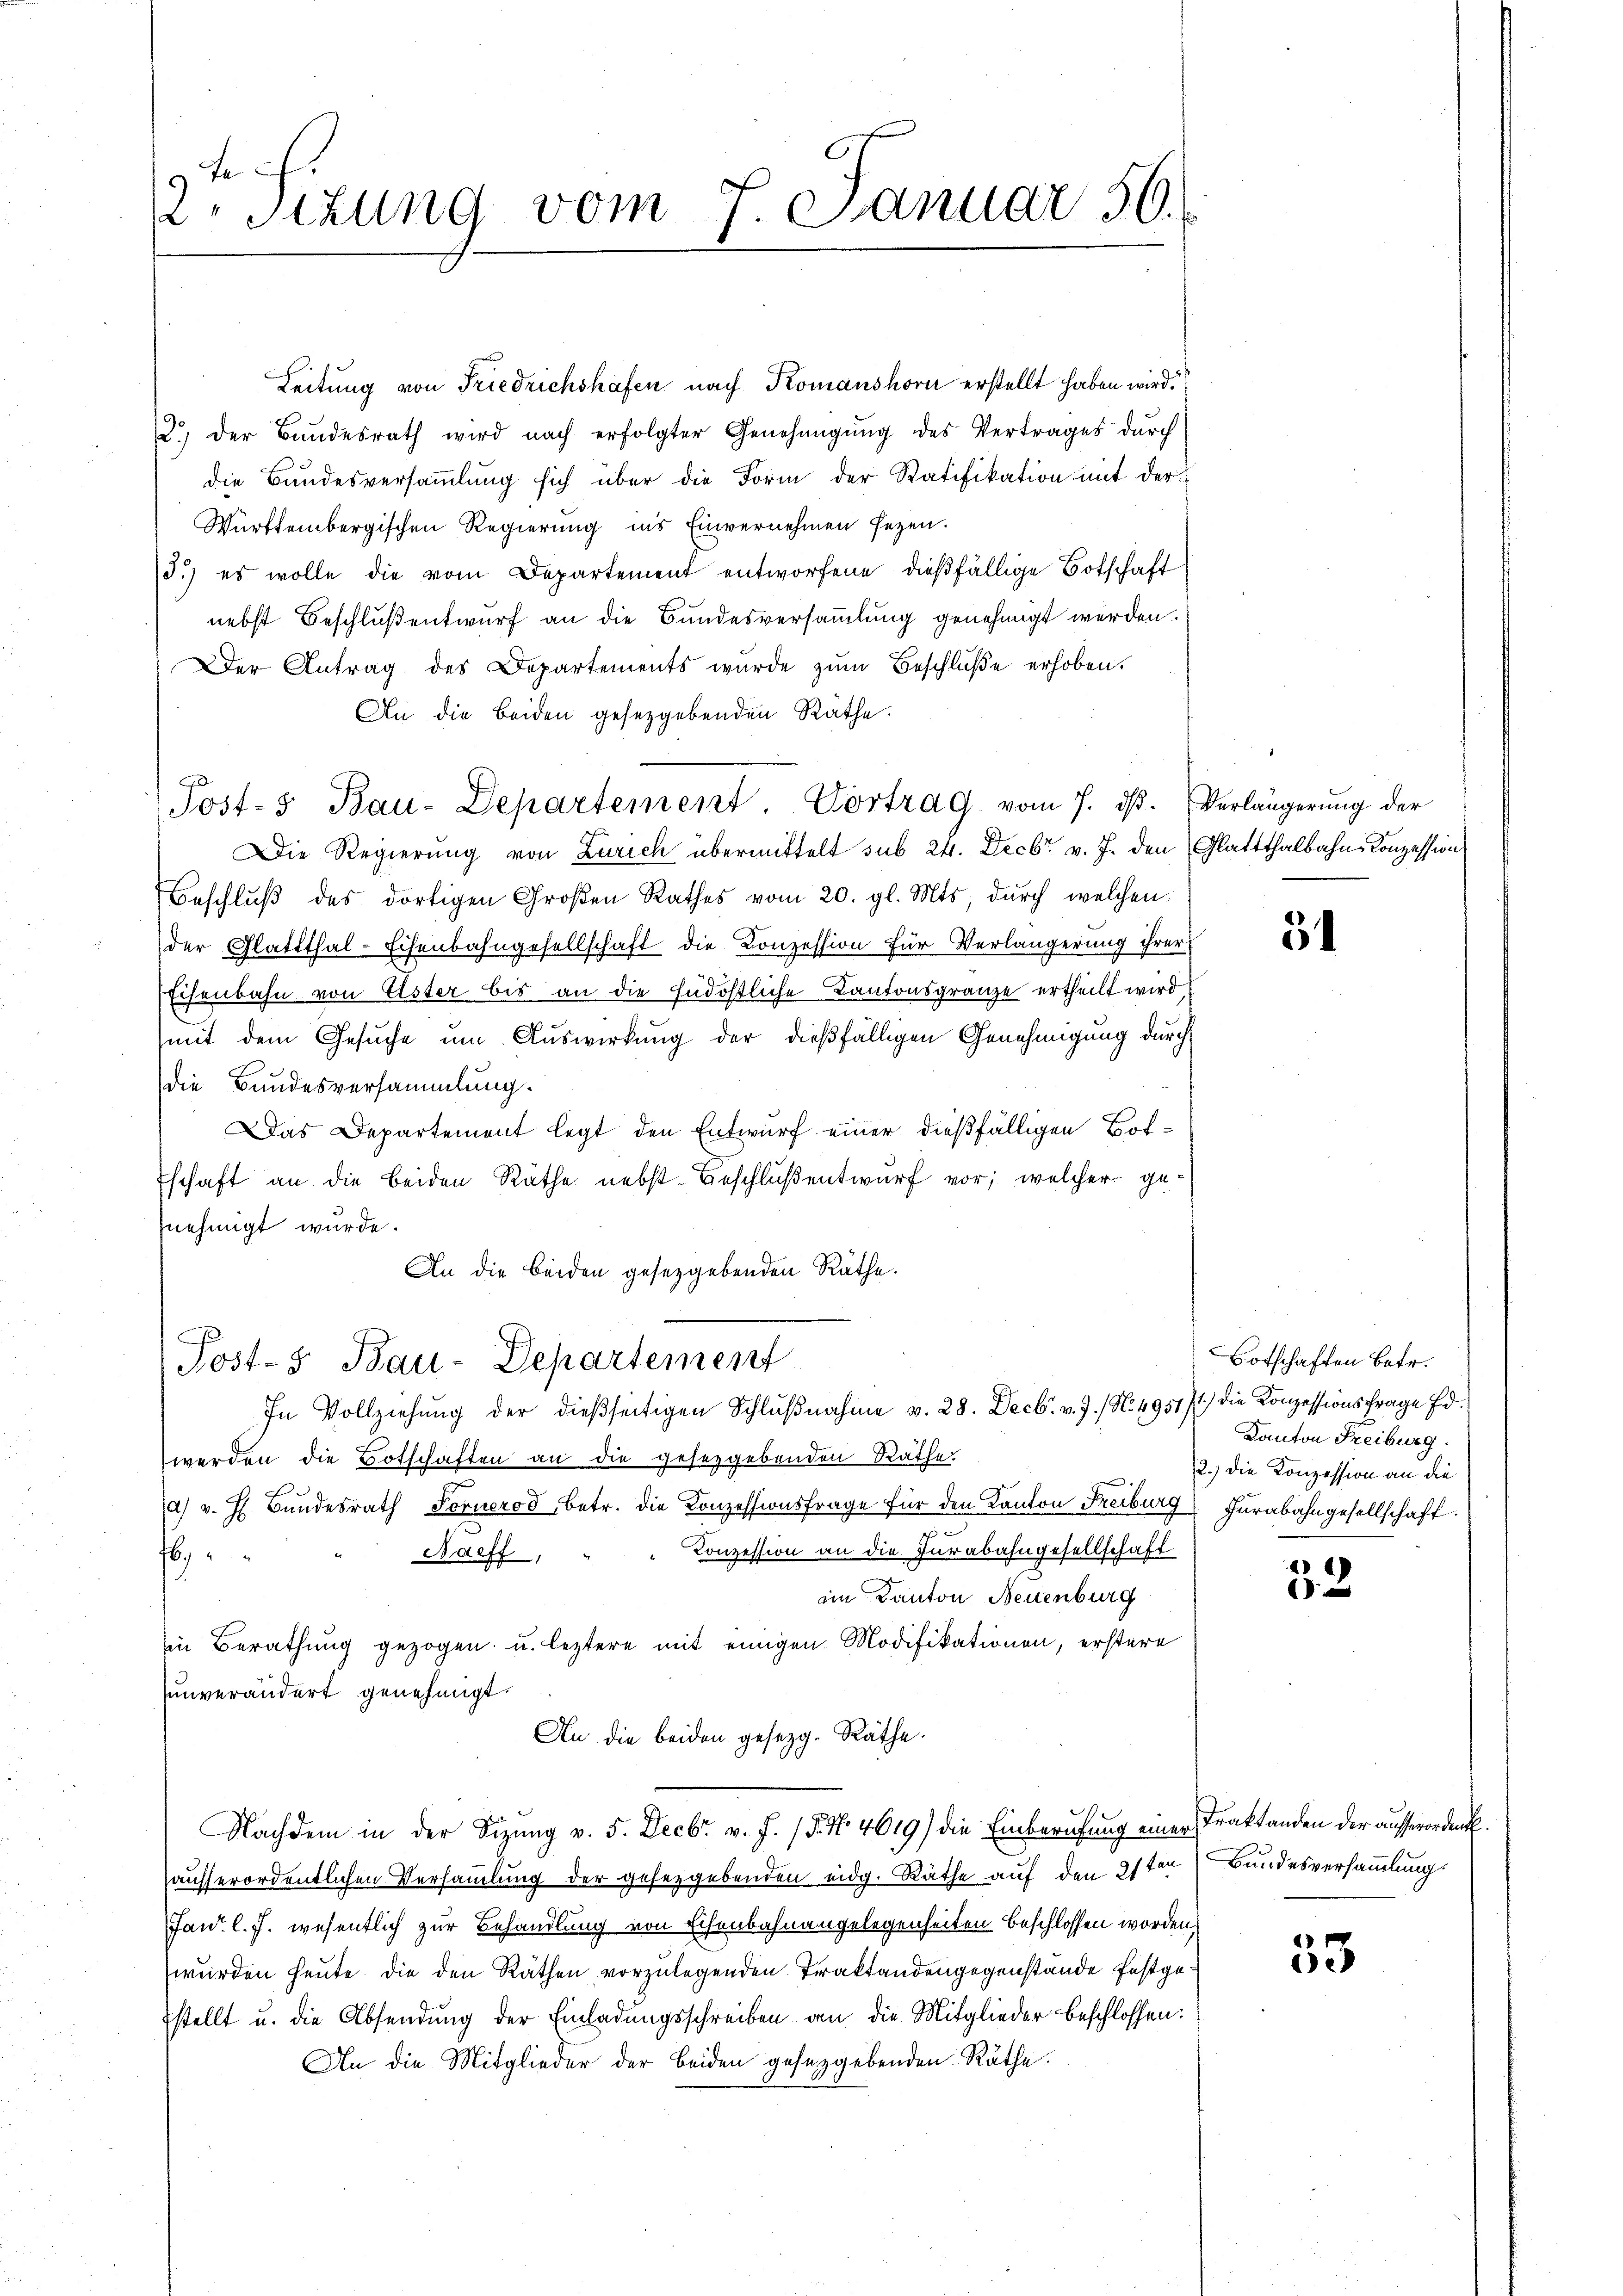
9te
Stzung vom 7. Januar 50.

Leitung von Friedrichshafen nach Komanshorn erstellt haben wird.
2.) der Bundesrath wird nach erfolgter Genehmigŭng des Vertrages dŭrch
die Bundesversammlung sich über die Form der Ratifikation mit der
Württembergischen Regierung ins Einvernehmen seyen.
3.) es wolle die vom Departement entworfene dießfällige Botschaft
nebst Beschluß entwurf an die Bundesversammlung genehmigt werden.
Der Antrag des Departements wurde zŭm Beschluße erhoben.
An die Beiden gesetzgebenden Räthe.
Post- Bau-Departement. Vortrag vom 7. dβ. Verlängerung der
Die Regierung von Zürich übermittelt sub 24. Decbr. v. J. den (Glattthalbahn Konzession
Beschlŭβ des dortigen Großen Rathes vom 20. gl. Mts. durch welchen
der Glattthal-Eisenbahngesellschaft die Konzession für Verlängerung ihrer
Eisenbahn von Ester bis an die südöstliche Kantonsgränze ertheilt wird
mit dem Gesuche um Auswirkung der dießfälligen Genehmigung durch
die Bundesversammlung.
Das Departement legt den Entwurf einer dießfälligen Botschaft an die beiden Räthe nebst Beschluß entwurf vor; welcher ge-
nehmigt wurde.
An die beiden gesetzgebenden Räthe.
Post- & Bau-Departement
In Vollziehung der dießseitigen Schlŭβnahme v. 28. Decbr. v. J. (N. 495171) die Konzessionsfrage Ed.
werden die Botschaften an die gesezgebenden Räthe
.
d v. h. Bundesrath Forneros, betr. die Konzessionsfrage für den Kanton Freiburg
Konzession an die Furabahngesellschaft
Baeff,
69
im Kanton Neuenburg
in Berathung gezogen u. leztere mit einigen Modifikationen, erstere
unverändert genehmigt.
An die beiden gesezg. Räthe.
Nachdem in der Sitzung v. 5. Decbr v. J. 15. No. 4619) die Einberufung einer Traktanden der ausserorden.
ausserordentlichen Versammlung der gesetzgebenden eidg. Räthe auf den 31ten Bundesversammlung
Jan. l. J. wesentlich zur Behandlung von Eisenbahnangelegenheiten beschlossen worden,
wurden heute. Die den Räthen vorzulegenden Traktandengegenstände festgestellt u. die Absendung der Einladungsschreiben an die Mitglieder beschlossen:
An die Mitglieder der beiden gesetzgebenden Räthe.

31

Botschaften Betr.
Kanton Freiburg.
12.) Die Konzession an die
Hurabahngesellschaft.

53